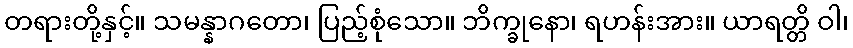
တရားတို့နှင့်။ သမန္နာဂတော၊ ပြည့်စုံသော။ ဘိက္ခုနော၊ ရဟန်းအား။ ယာရတ္တိ ဝါ၊